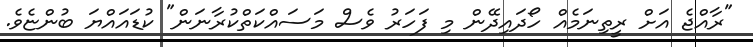
"ރާއްޖެ އަށް ރީތިނަމެއް ހޯދައިދޭން މި ފަހަރު ވެސް މަސައްކަތްކުރާނަން" ކުޑައައްޔަ ބުންޏެވެ.